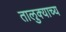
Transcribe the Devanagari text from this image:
तालुक्याच्य